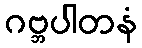
ဂဗ္ဘပါတနံ